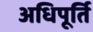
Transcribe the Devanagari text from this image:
अधिपूर्ति